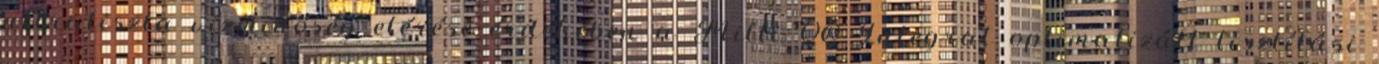
ultratiszta vízminőség elérése érdekében a Milli-Q® Integral optimalizált tisztítási